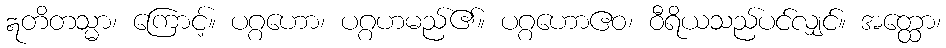
ဣတိတသ္မာ၊ ကြောင့်။ ပဂ္ဂဟော၊ ပဂ္ဂဟမည်၏။ ပဂ္ဂဟောဧဝ၊ ဝီရိယသည်ပင်လျှင်။ အတ္ထော၊